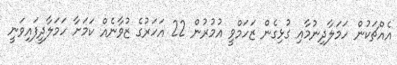
އެއްޗަކުން ހަމަލާދިނުމާއި ގުޅިގެން ޒަހަމްވީ އުމުރުން 22 އަހަރުގެ ޒުވާނެއް ކަމަށާ ހަމަލާދީފައިވަނީ